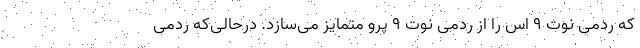
که ردمی نوت ۹ اس را از ردمی نوت ۹ پرو متمایز می‌سازد. درحالی‌که ردمی